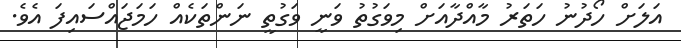
އަލަށް ހޯދުނު ހަތަރު މާއްދާއަށް މިވަގުތު ވަނީ ވަގުތީ ނަންތަކެއް ހަމަޖައްސައިފަ އެވެ.